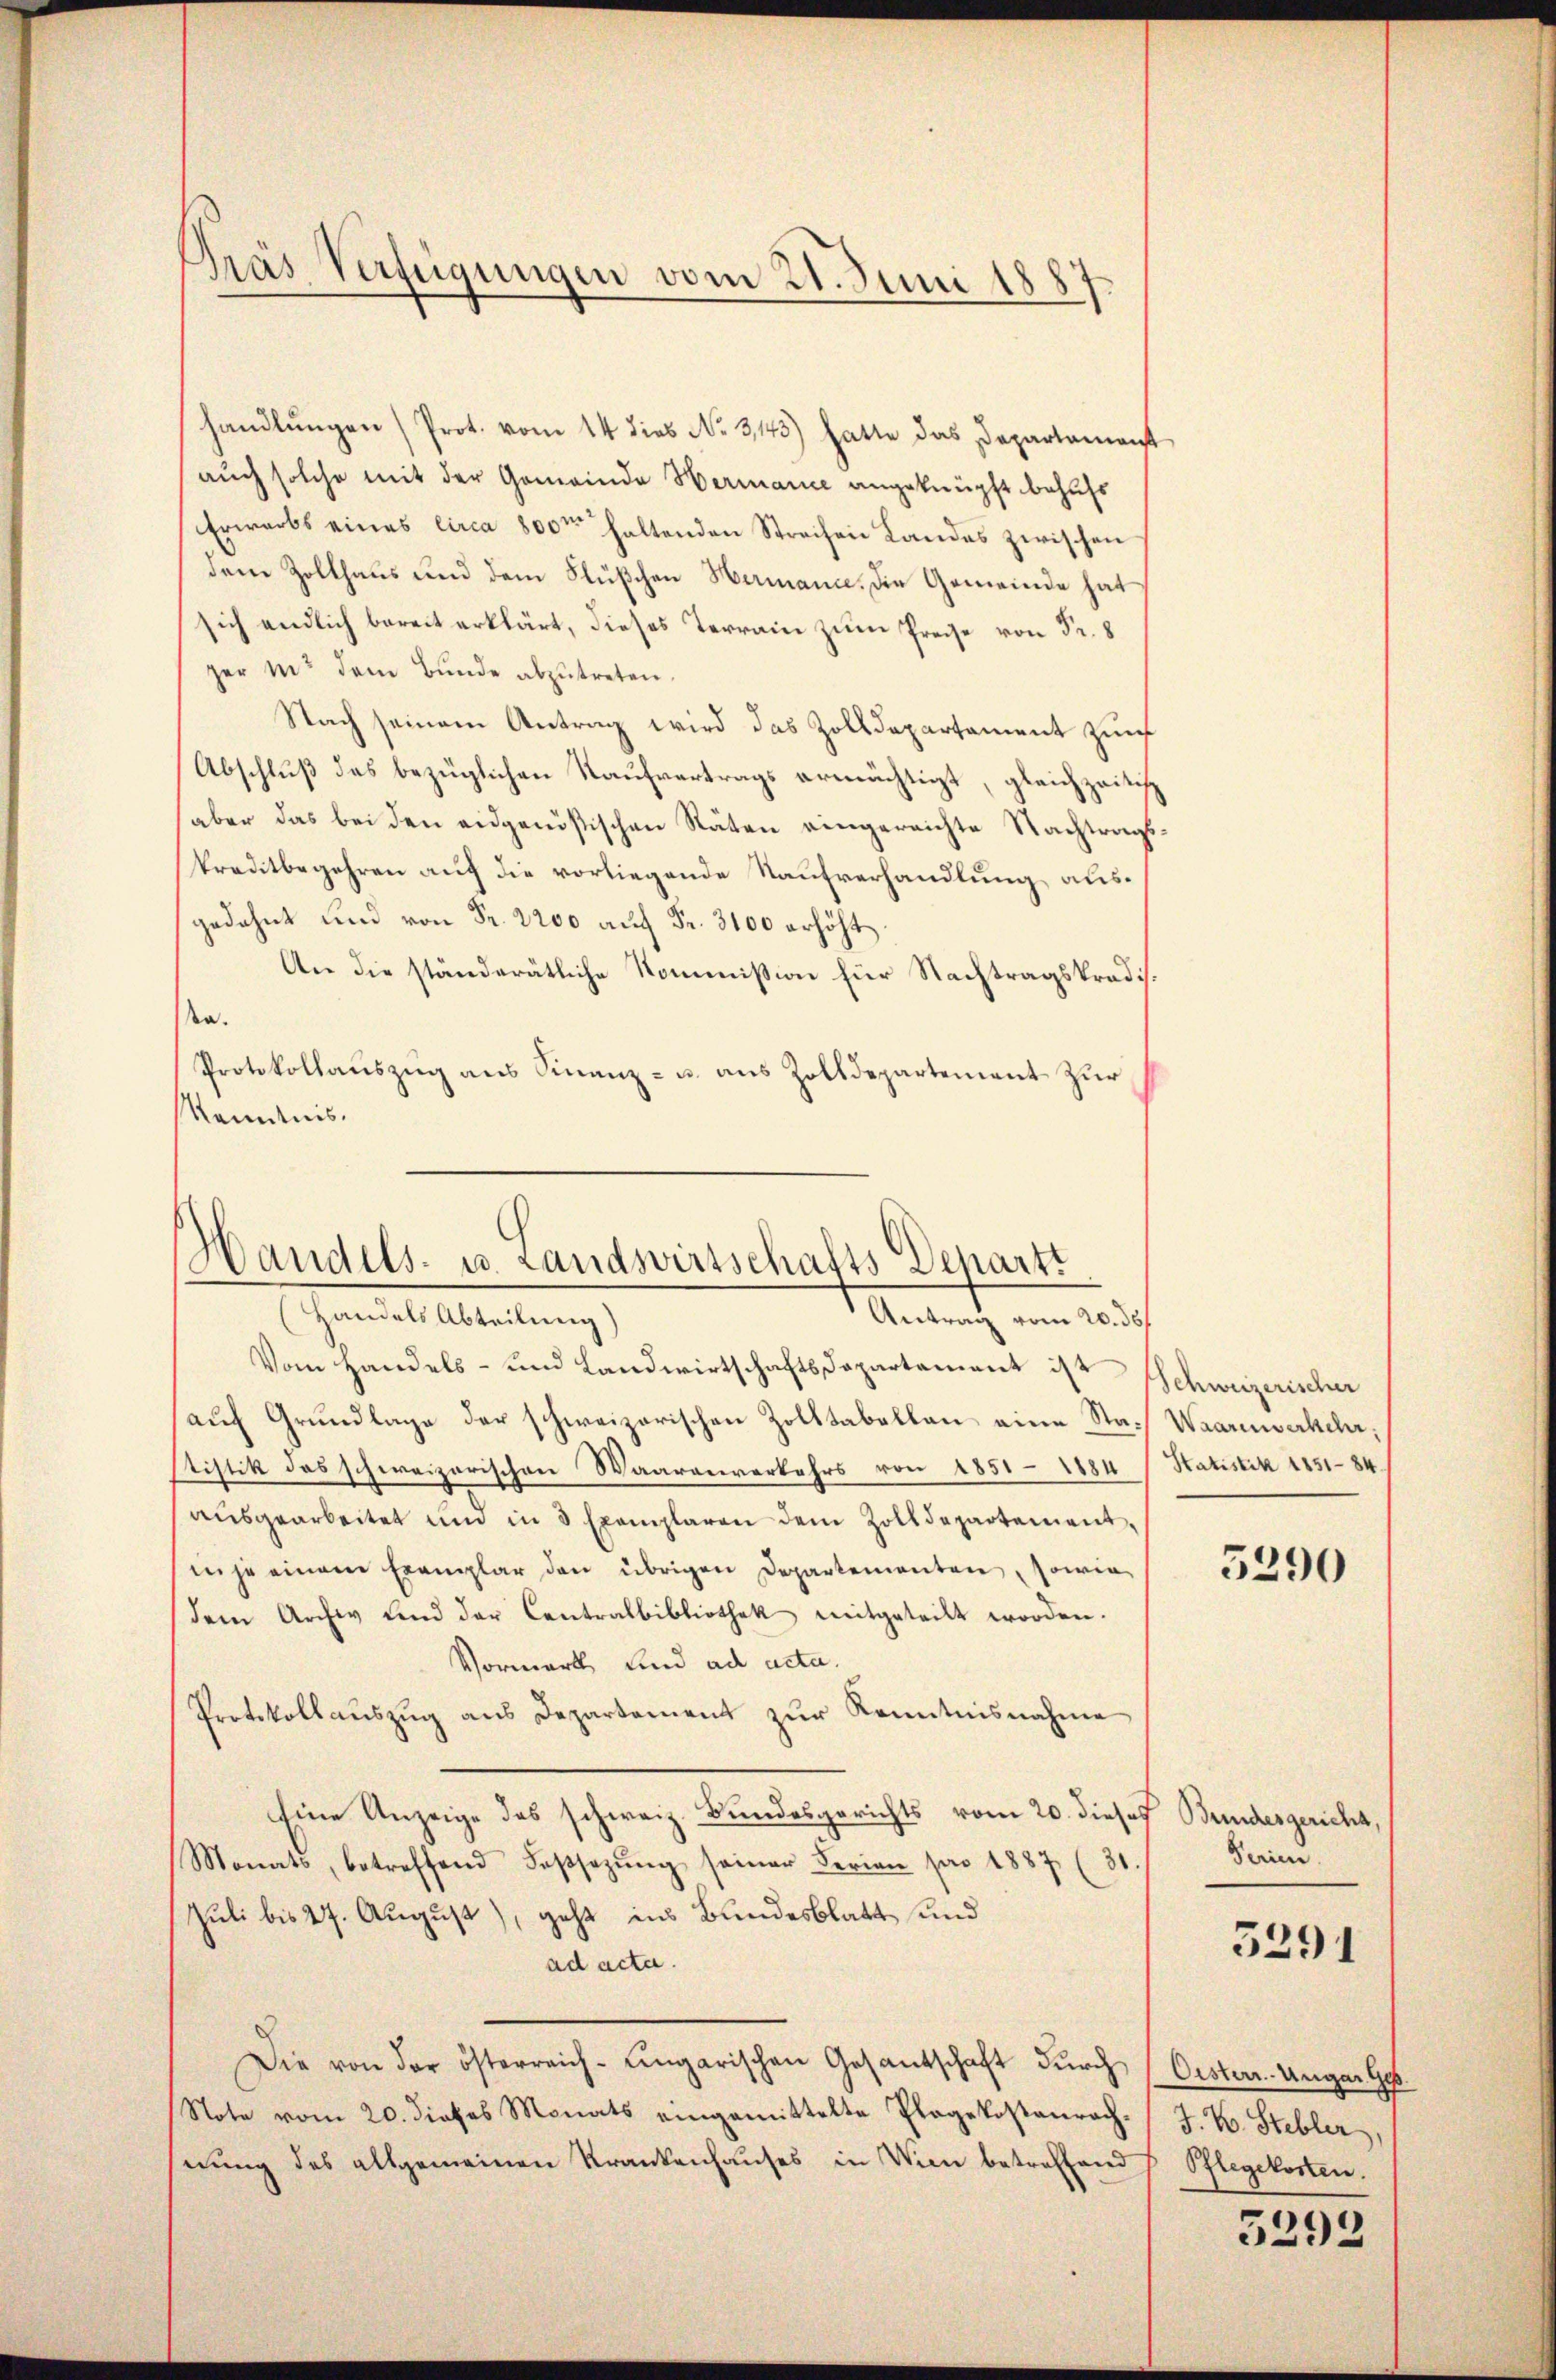
Gras Verfügungen vom 21. Juni 1887

handlŭngen (Prot. vom 14 dies No. 3145) hatte das Departement
auch solche mit der Gemeinde Hermance angeknüpft behufs
Erwarts eines circa 800 haltenden Strechen Landes zwischen
dem Zollhaus und dem Flüßchen Hermann. Die Gemeinde hat
sich endlich bereit erklärt, dieses Terrain zum Preise von Fr. 8
zer mit dem Bunde abzutreten.
Nach seinem Antrag wird das Zolldepartament zunf
Abschluß des bezüglichen Kaufvertrags ermächtigt, gleichzeitig
aber das bei den eidgenößischen Räten eingereichte Nachtragskreditbegehren auf die vorliegende Kaufverhandlung ausgedehnt und von Fr. 2200 auf Fr. 3100 erhöht
An die ständerätliche Kommission für Nachtragskradis.
a.
Protokollauszug aus Finanz- u. aus Zolldepartement zur
Kenntnis.

Handels- u. Landswirtschafts Depart
Handels Abteilung)
Antrag vom 20. ds.

Vom Handels- und Landwirtschaftsdepartament ist Schweizerischer
auf Grundlage der schweizerischen Zolltabellen eine Sta-Waarenverkehr,
Stistik des schweizerischen Waarenverkehrs von 1851 - 1884
aŭsgearbeitet und in 3 Exemplaren dem Zolldepartementnje einem Exemplar den übrigen Departementen, sowie
dem Archiv und der Contralbibliothek mitgeteilt worden.
Vormerk und ad acta.
Protokollaŭszŭg aŭs Departement zŭr Kenntnisnahme
Eine Anzeige des schweiz. Bundesgerichts vom 20. dieses Bundesgericht,
Monats, betreffend Fassezŭng seiner Ferien pro 1887 (31.
Juli bis 27. August), geht ins Bundesblatt und
ad acta.
Die von der österreich-ungarischen Gesantschaft durch (Oister. Unger Ge
Note vom 20. dieses Monats eingemittelte Plagekostenrech J. K. Stebler,
nung des allgemeinen Krankenhauses in Wien betreffend Pflegekosten.

Statistik 1851 84

5290

Serien.

5291

5292